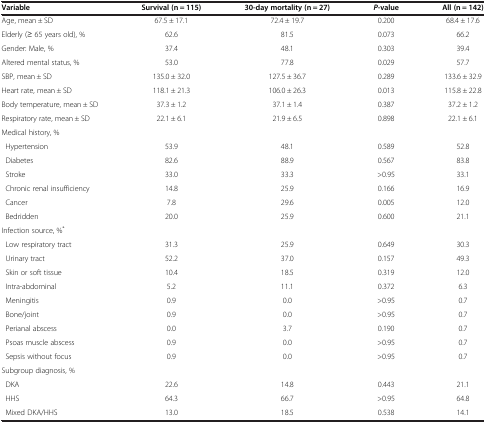
<table><thead><tr><td><b>Variable</b></td><td><b>Survival (n = 115)</b></td><td><b>30-day mortality (n = 27)</b></td><td><b><i>P</i>-value</b></td><td><b>All (n = 142)</b></td></tr></thead><tbody><tr><td>Age, mean ± SD</td><td>67.5 ± 17.1</td><td>72.4 ± 19.7</td><td>0.200</td><td>68.4 ± 17.6</td></tr><tr><td>Elderly (≥ 65 years old), %</td><td>62.6</td><td>81.5</td><td>0.073</td><td>66.2</td></tr><tr><td>Gender: Male, %</td><td>37.4</td><td>48.1</td><td>0.303</td><td>39.4</td></tr><tr><td>Altered mental status, %</td><td>53.0</td><td>77.8</td><td>0.029</td><td>57.7</td></tr><tr><td>SBP, mean ± SD</td><td>135.0 ± 32.0</td><td>127.5 ± 36.7</td><td>0.289</td><td>133.6 ± 32.9</td></tr><tr><td>Heart rate, mean ± SD</td><td>118.1 ± 21.3</td><td>106.0 ± 26.3</td><td>0.013</td><td>115.8 ± 22.8</td></tr><tr><td>Body temperature, mean ± SD</td><td>37.3 ± 1.2</td><td>37.1 ± 1.4</td><td>0.387</td><td>37.2 ± 1.2</td></tr><tr><td>Respiratory rate, mean ± SD</td><td>22.1 ± 6.1</td><td>21.9 ± 6.5</td><td>0.898</td><td>22.1 ± 6.1</td></tr><tr><td>Medical history, %</td><td> </td><td> </td><td> </td><td> </td></tr><tr><td> Hypertension</td><td>53.9</td><td>48.1</td><td>0.589</td><td>52.8</td></tr><tr><td> Diabetes</td><td>82.6</td><td>88.9</td><td>0.567</td><td>83.8</td></tr><tr><td> Stroke</td><td>33.0</td><td>33.3</td><td>&gt;0.95</td><td>33.1</td></tr><tr><td> Chronic renal insufficiency</td><td>14.8</td><td>25.9</td><td>0.166</td><td>16.9</td></tr><tr><td> Cancer</td><td>7.8</td><td>29.6</td><td>0.005</td><td>12.0</td></tr><tr><td> Bedridden</td><td>20.0</td><td>25.9</td><td>0.600</td><td>21.1</td></tr><tr><td>Infection source, %<sup>*</sup></td><td> </td><td> </td><td> </td><td> </td></tr><tr><td> Low respiratory tract</td><td>31.3</td><td>25.9</td><td>0.649</td><td>30.3</td></tr><tr><td> Urinary tract</td><td>52.2</td><td>37.0</td><td>0.157</td><td>49.3</td></tr><tr><td> Skin or soft tissue</td><td>10.4</td><td>18.5</td><td>0.319</td><td>12.0</td></tr><tr><td> Intra-abdominal</td><td>5.2</td><td>11.1</td><td>0.372</td><td>6.3</td></tr><tr><td> Meningitis</td><td>0.9</td><td>0.0</td><td>&gt;0.95</td><td>0.7</td></tr><tr><td> Bone/joint</td><td>0.9</td><td>0.0</td><td>&gt;0.95</td><td>0.7</td></tr><tr><td> Perianal abscess</td><td>0.0</td><td>3.7</td><td>0.190</td><td>0.7</td></tr><tr><td> Psoas muscle abscess</td><td>0.9</td><td>0.0</td><td>&gt;0.95</td><td>0.7</td></tr><tr><td> Sepsis without focus</td><td>0.9</td><td>0.0</td><td>&gt;0.95</td><td>0.7</td></tr><tr><td>Subgroup diagnosis, %</td><td> </td><td> </td><td> </td><td> </td></tr><tr><td> DKA</td><td>22.6</td><td>14.8</td><td>0.443</td><td>21.1</td></tr><tr><td> HHS</td><td>64.3</td><td>66.7</td><td>&gt;0.95</td><td>64.8</td></tr><tr><td> Mixed DKA/HHS</td><td>13.0</td><td>18.5</td><td>0.538</td><td>14.1</td></tr></tbody></table>